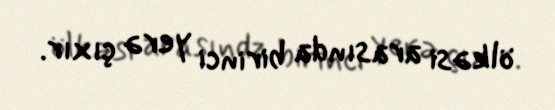
ölkəsi arasında birinci yerə çıxır.